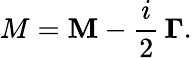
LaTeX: {\mathbf\cal M}={\mathbf M}-\frac{i}{2}\, {\mathbf\Gamma}.